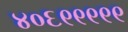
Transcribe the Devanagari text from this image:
४०६९९९९९